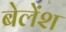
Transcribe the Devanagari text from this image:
बेलेंश